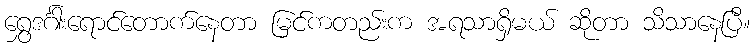
ရွှေဒင်္ဂါးရောင်တောက်နေတာ မြင်ကတည်းက အရသာရှိမယ် ဆိုတာ သိသာနေပြီ။